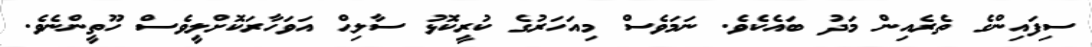
ސިފައިންގެ ތެރެއިން މަދު ބައެކެވެ. ނަމަވެސް މިއަހަރުގެ ކުރީކޮޅު ސާލިޙް އަވަހާރަކޮށްލީވެސް ހޫތީންނެވެ.